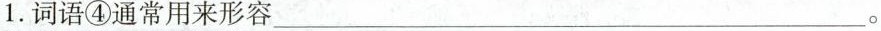
1.词语④通常用来形容___。